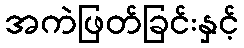
အကဲဖြတ်ခြင်းနှင့်